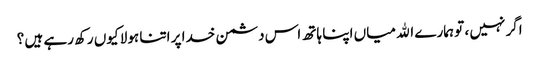
اگر نہیں ، تو ہمارے الله میاں اپنا ہاتھ اس دشمن خدا پر اتنا ہولا کیوں رکھ رہے ہیں ؟